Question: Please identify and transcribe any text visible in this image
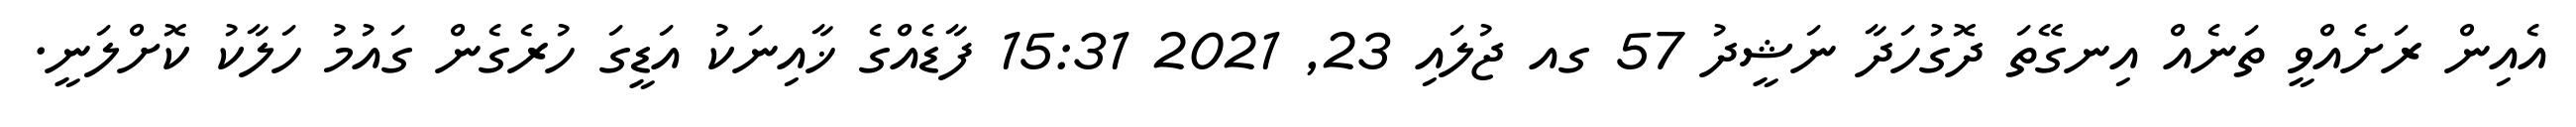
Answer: އެއިން ރަށެއްވީ ތަނެއް އިނގޭތަ ދޮގުހަދާ ނަޝީދު 57 ގއ ޖުލައި 23, 2021 15:31 ފާޑެއްގެ ޚާއިނަކު އަޑީގަ ހުރެގެން ގައުމު ހަލާކު ކޮށްލަނީ.